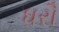
ધરૌ